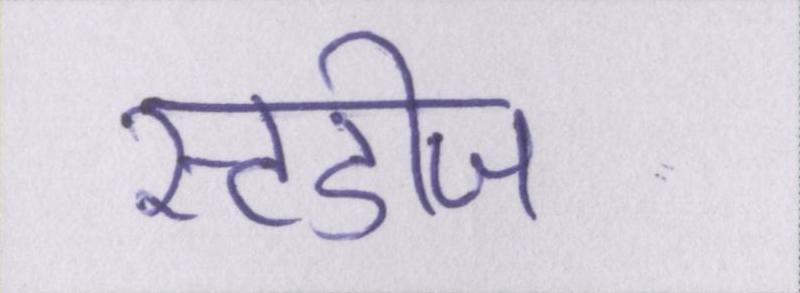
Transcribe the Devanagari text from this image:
स्टडीज